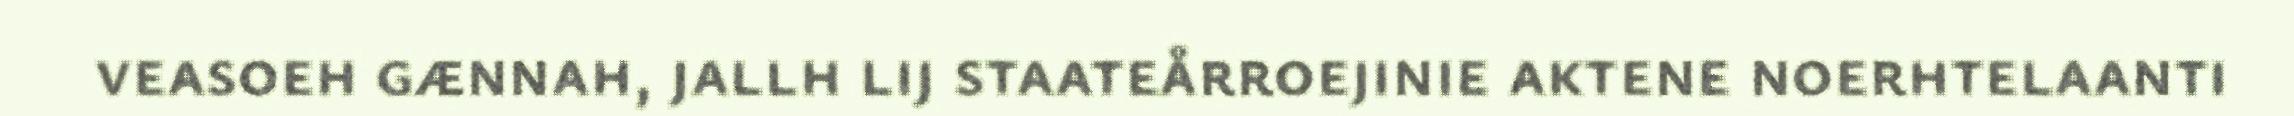
veasoeh gænnah, jallh lij staateårroejinie aktene noerhtelaanti